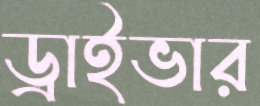
ড্রাইভার